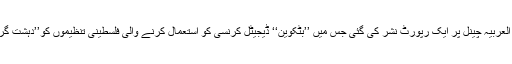
حال ہی میں العربیہ چینل پر ایک رپورٹ نشر کی گئی جس میں ’’بٹکوین‘‘ ڈیجیٹل کرنسی کو استعمال کرنے والی فلسطینی تنظیموں کو’’دہشت گرد‘‘ قرار دیا۔